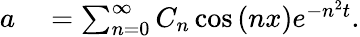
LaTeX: \begin{array}{rl}{a}&{{}=\sum_{n=0}^{\infty}C_{n}\cos\left(nx\right)e^{-n^{2}t}.}\end{array}